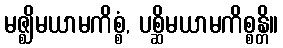
မဇ္ဈိမယာမကိစ္စံ, ပစ္ဆိမယာမကိစ္စန္တိ။